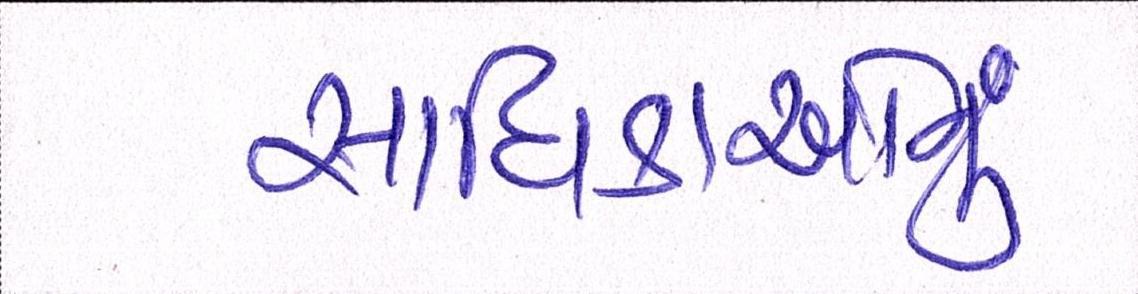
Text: સાધિકાઓનું